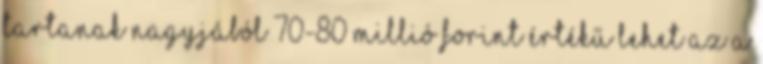
tartanak Nagyjából 70-80 millió forint értékű lehet az a